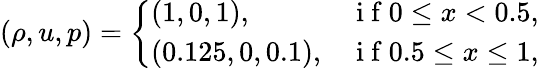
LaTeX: (\rho,u,p)=\left\{ \begin{array}{ll}{(1,0,1),}&{\mathrm{~i~f~}0\leq x<0.5,}\\ {(0.125,0,0.1),}&{\mathrm{~i~f~}0.5\leq x\leq 1,}\end{array}\right.